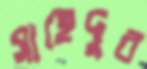
সাহেদুর